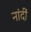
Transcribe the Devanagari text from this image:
नांदीं